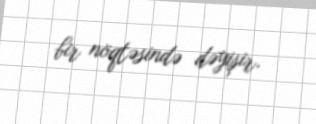
bir nöqtəsində dəyişir.